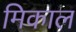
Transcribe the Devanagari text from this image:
मिकाल